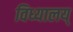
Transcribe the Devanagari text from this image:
विध्यालय्